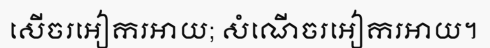
សើចរអៀករអាយ; សំណើចរអៀករអាយ។